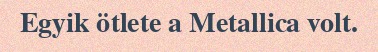
Egyik ötlete a Metallica volt.